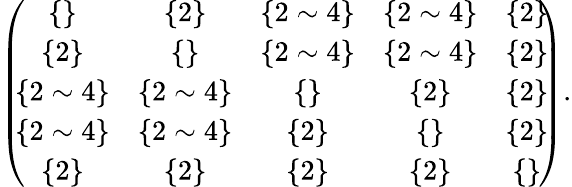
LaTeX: \begin{array}{r}{\left(\! \! \begin{array}{ccccc}{\{ \} }&{\{ 2\} }&{\{ 2\sim 4\} }&{\{ 2\sim 4\} }&{\{ 2\} }\\ {\{ 2\} }&{\{ \} }&{\{ 2\sim 4\} }&{\{ 2\sim 4\} }&{\{ 2\} }\\ {\{ 2\sim 4\} }&{\{ 2\sim 4\} }&{\{ \} }&{\{ 2\} }&{\{ 2\} }\\ {\{ 2\sim 4\} }&{\{ 2\sim 4\} }&{\{ 2\} }&{\{ \} }&{\{ 2\} }\\ {\{ 2\} }&{\{ 2\} }&{\{ 2\} }&{\{ 2\} }&{\{ \} }\end{array}\! \! \right).}\end{array}